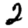
Digit: 2